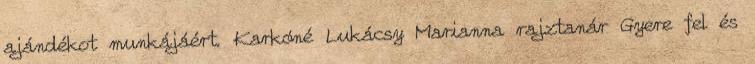
ajándékot munkájáért. Karkóné Lukácsy Marianna rajztanár Gyere fel és